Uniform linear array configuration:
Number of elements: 64
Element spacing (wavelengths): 0.5
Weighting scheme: kaiser
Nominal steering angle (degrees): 60
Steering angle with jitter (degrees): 61.315
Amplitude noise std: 0.05
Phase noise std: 0.05

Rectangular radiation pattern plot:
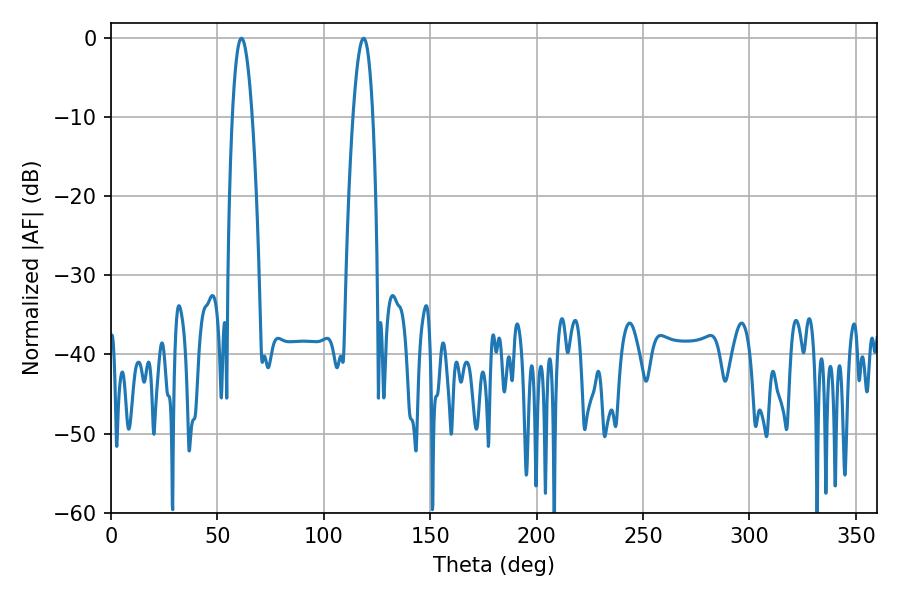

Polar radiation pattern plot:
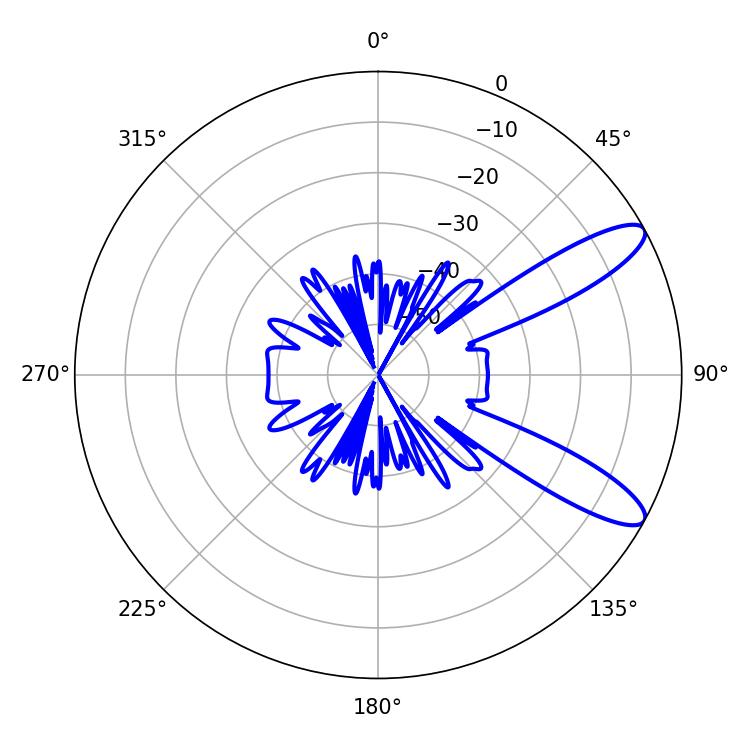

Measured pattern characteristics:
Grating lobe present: FALSE
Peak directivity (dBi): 10.697
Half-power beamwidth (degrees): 5.04
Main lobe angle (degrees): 61.38